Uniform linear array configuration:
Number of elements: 64
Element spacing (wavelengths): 1
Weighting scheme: kaiser
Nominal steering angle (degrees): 0
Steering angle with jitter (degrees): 1.374
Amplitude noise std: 0.05
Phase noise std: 0.05

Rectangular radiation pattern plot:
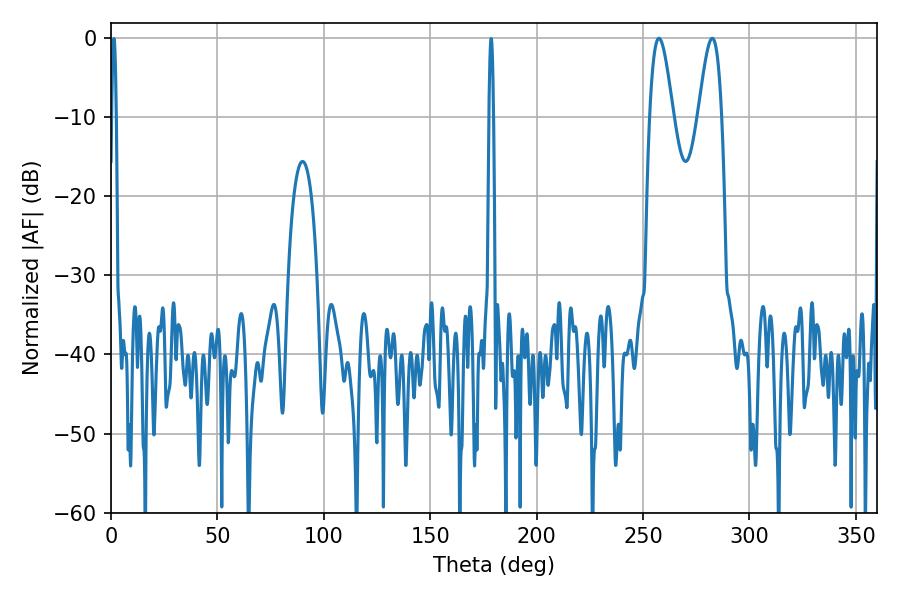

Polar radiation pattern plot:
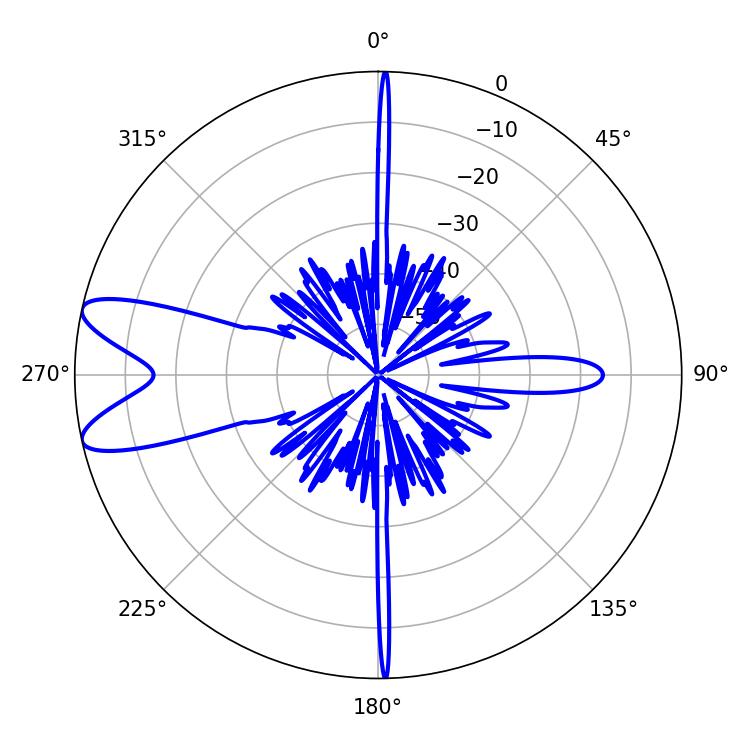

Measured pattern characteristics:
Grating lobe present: TRUE
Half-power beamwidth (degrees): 5.94
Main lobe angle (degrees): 257.4